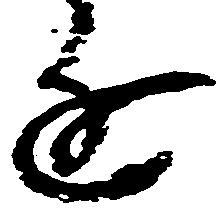
進